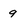
Character: 9